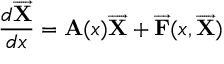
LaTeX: \frac { d \overrightarrow { { \bf X } } } { d x } = { \bf A } ( x ) \overrightarrow { { \bf X } } + \overrightarrow { { \bf F } } ( x , \overrightarrow { { \bf X } } )